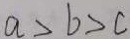
a > b > c